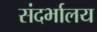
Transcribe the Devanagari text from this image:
संदर्भालय